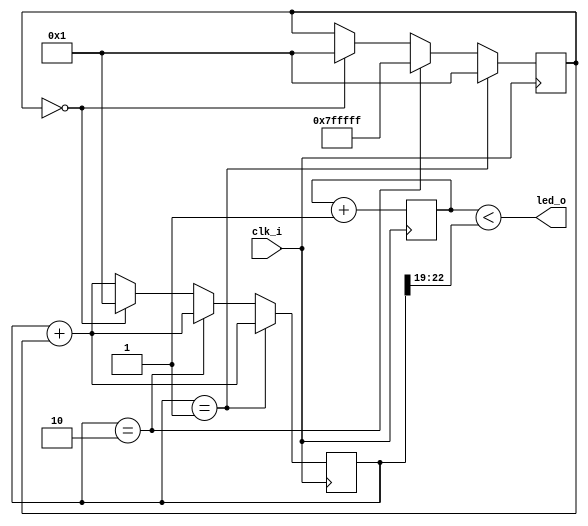
// Generated by MyHDL 0.11


`timescale 1ns/10ps

module wax_wane (
    clk_i,
    led_o
);


input clk_i;
output led_o;
wire led_o;

reg [22:0] rampout;
reg [3:0] k_cnt;
reg [22:0] chunk_insts_0_delta;



always @(posedge clk_i) begin: WAX_WANE_LOC_INSTS_CHUNK_INSTS_0_LOC_INSTS_CHUNK_INSTS_K
    rampout <= (rampout + chunk_insts_0_delta);
    if ((rampout == 1)) begin
        chunk_insts_0_delta <= 1;
    end
    else if (($signed({1'b0, rampout}) == (8388608 - 2))) begin
        chunk_insts_0_delta <= (-1);
    end
    else if ((chunk_insts_0_delta == 0)) begin
        chunk_insts_0_delta <= 1;
        rampout <= 1;
    end
end


always @(posedge clk_i) begin: WAX_WANE_LOC_INSTS_CHUNK_INSTS_K_LOC_INSTS_CHUNK_INSTS_0
    k_cnt <= (k_cnt + 1);
end



assign led_o = (k_cnt < rampout[23-1:19]);

endmodule